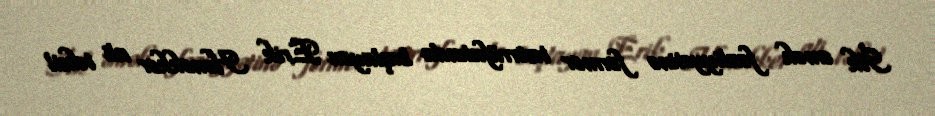
İlk əmək fəaliyyətinə fermer təsərrüfatında başlayan Erik Honekker ali təhsil